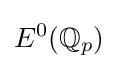
E^{0}(\mathbb {Q} _{p})